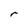
Character: r